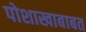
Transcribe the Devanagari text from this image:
पोशाखाबाबत